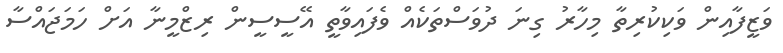
ވަޒީފާއިން ވަކިކުރިތާ މިހާރު ގިނަ ދުވަސްތަކެއް ވެފައިވާތީ އޭސީސީން ރިޒްމީނާ އަށް ހަމަޖައްސާ